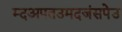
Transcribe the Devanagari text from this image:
म्दअपतउमदजंसपेउ